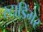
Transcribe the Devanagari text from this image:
स्टाडिंगर